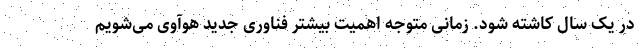
در یک سال کاشته شود. زمانی متوجه اهمیت بیشتر فناوری جدید هوآوی می‌شویم